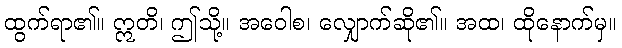
ထွက်ရာ၏။ ဣတိ၊ ဤသို့။ အဝေါစ၊ လျှောက်ဆို၏။ အထ၊ ထိုနောက်မှ။